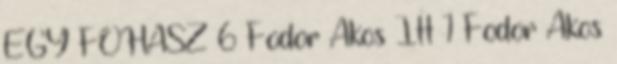
EGY FOHÁSZ 6 Fodor Ákos Itt 1 Fodor Ákos